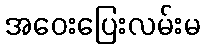
အဝေးပြေးလမ်းမ